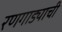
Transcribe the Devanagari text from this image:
रणगाड्याची